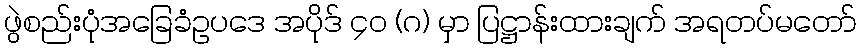
ဖွဲစည်းပုံအခြေခံဥပဒေ အပိုဒ် ၄၀ (ဂ) မှာ ပြဋ္ဌာန်းထားချက် အရတပ်မတော်